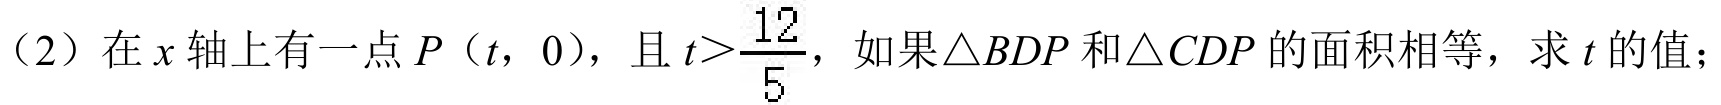
（2）在\(x\)轴上有一点\(P（t，0）\)，且\(t>\frac{12}{5}\)，如果\(\triangle BDP\)和\(\triangle CDP\)的面积相等，求\(t\)的值；